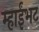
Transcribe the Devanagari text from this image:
म्हाईंभट